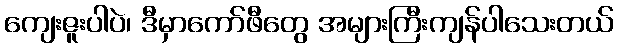
ကျေးဇူးပါပဲ၊ ဒီမှာကော်ဖီတွေ အများကြီးကျန်ပါသေးတယ်